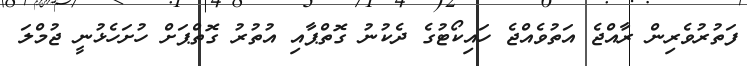
ފަތުރުވެރިން ރާއްޖެ އަތުވެއްޖެ ހައިކޯޓުގެ ދެކުނު ގޮތްޕާއި އުތުރު ގޮތްޕަށް ހުށަހެޅުނީ ޖުމްލަ